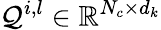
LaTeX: \mathcal{Q}^{i,l}\in\mathbb{R}^{N_{c}\times d_{k}}